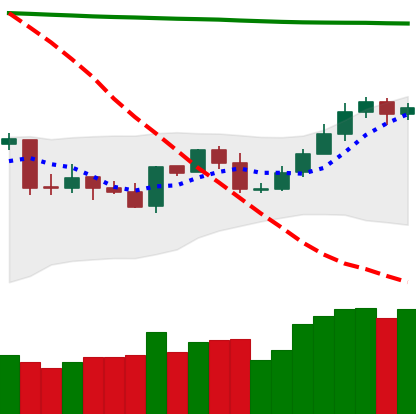
Ticker: NEO-USD
Chart end date: 2020-04-28
Forward return: 6.431%
Label: up_5_7